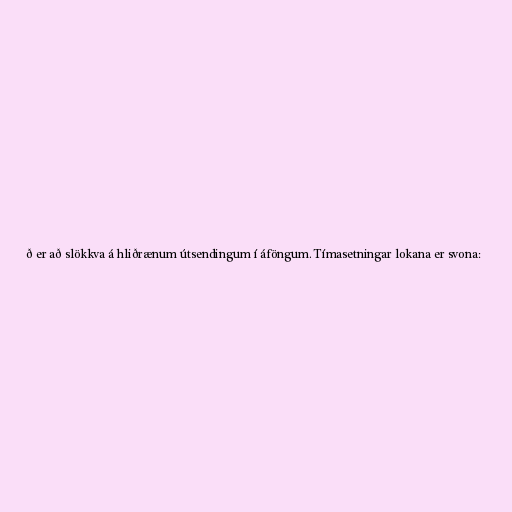
ð er að slökkva á hliðrænum útsendingum í áföngum. Tímasetningar lokana er svona: